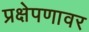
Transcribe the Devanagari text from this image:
प्रक्षेपणावर